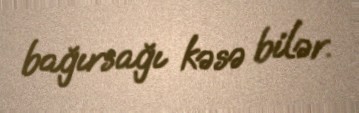
bağırsağı kəsə bilər.